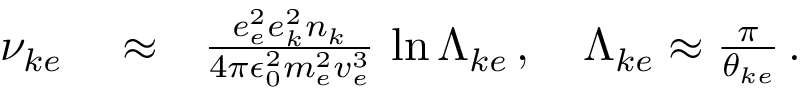
\begin{array} { r l r } { \nu _ { k e } } & { { } \approx } & { \frac { e _ { e } ^ { 2 } e _ { k } ^ { 2 } n _ { k } } { 4 \pi \epsilon _ { 0 } ^ { 2 } m _ { e } ^ { 2 } v _ { e } ^ { 3 } } \, \ln \Lambda _ { k e } \, , \quad \Lambda _ { k e } \approx \frac { \pi } { \theta _ { k e } } \, . } \end{array}